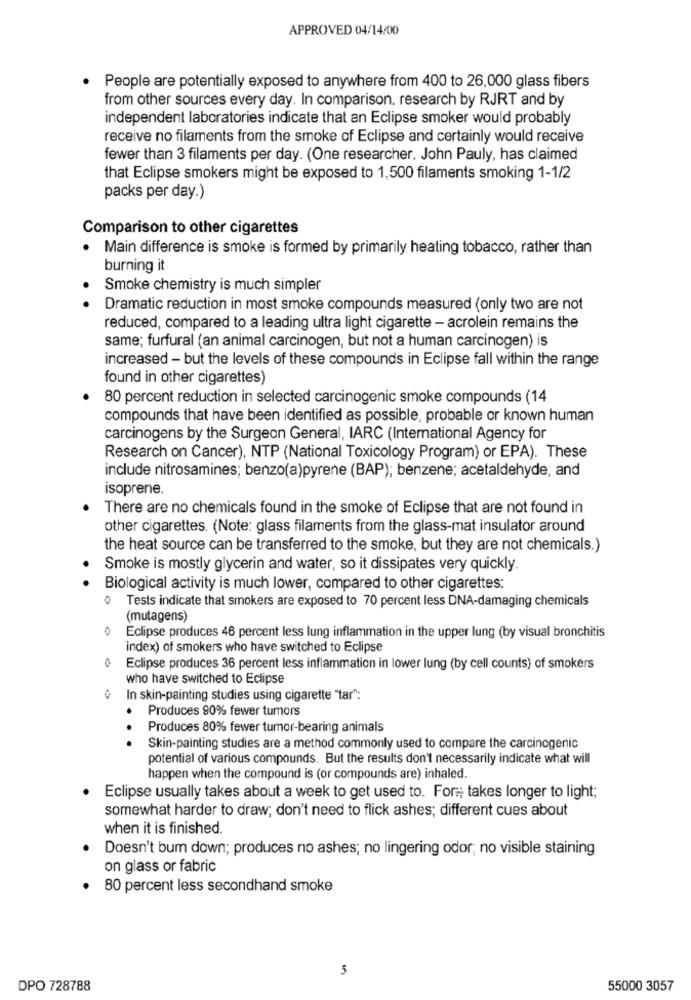
APPROVED 04/14/00
· People are potentially exposed to anywhere from 400 to 26,000 glass fibers
from other sources every day. In comparison, research by RJRT and by
independent laboratories indicate that an Eclipse smoker would probably
receive no filaments from the smoke of Eclipse and certainly would receive
fewer than 3 filaments per day. (One researcher. John Pauly, has claimed
that Eclipse smokers might be exposed to 1,500 filaments smoking 1-1/2
packs per day.)
Comparison to other cigarettes
.
Main difference is smoke is formed by primarily heating tobacco, rather than
burning it
Smoke chemistry is much simpler
Dramatic reduction in most smoke compounds measured (only two are not
reduced, compared to a leading ultra light cigarette - acrolein remains the
same; furfural (an animal carcinogen, but not a human carcinogen) is
increased - but the levels of these compounds in Eclipse fall within the range
found in other cigarettes)
80 percent reduction in selected carcinogenic smoke compounds (14
compounds that have been identified as possible, probable or known human
carcinogens by the Surgeon General, IARC (International Agency for
Research on Cancer), NTP (National Toxicology Program) or EPA). These
include nitrosamines; benzo(a)pyrene (BAP); benzene; acetaldehyde, and
isoprene.
There are no chemicals found in the smoke of Eclipse that are not found in
other cigarettes. (Note: glass filaments from the glass-mat insulator around
the heat source can be transferred to the smoke, but they are not chemicals.)
Smoke is mostly glycerin and water, so it dissipates very quickly.
Biological activity is much lower, compared to other cigarettes:
0 Tests indicate that smokers are exposed to 70 percent less DNA-damaging chemicals
(mutagens)
Eclipse produces 46 percent less lung inflammation in the upper lung (by visual bronchitis
index) of smokers who have switched to Eclipse
Eclipse produces 36 percent less inflammation in lower lung (by cell counts) of smokers
who have switched to Eclipse
In skin-painting studies using cigarette "tar":
Produces 90% fewer tumors
Produces 80% fewer tumor-bearing animals
. .
Skin-painting studies are a method commonly used to compare the carcinogenic
potential of various compounds. But the results don't necessarily indicate what will
happen when the compound is (or compounds are) inhaled.
Eclipse usually takes about a week to get used to. For .; takes longer to light;
somewhat harder to draw; don't need to flick ashes; different cues about
when it is finished.
Doesn't bum down; produces no ashes; no lingering odor; no visible staining
on glass or fabric
. 80 percent less secondhand smoke
5
DPO 728788
55000 3057